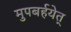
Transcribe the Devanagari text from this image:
मुपबर्हयेत्